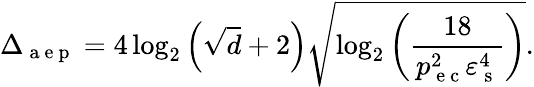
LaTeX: \Delta_{\mathrm{~a~e~p~}}=4\log_{2}\left(\sqrt{d}+2\right)\sqrt{\log_{2}\left(\frac{18}{p_{\mathrm{~e~c~}}^{2}\varepsilon_{\mathrm{~s~}}^{4}}\right)}.